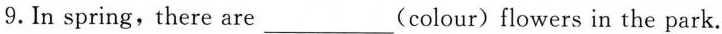
9. In spring, there are ___ (colour) flowers in the park.